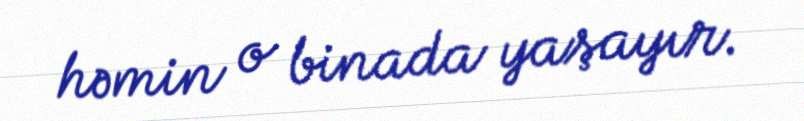
həmin o binada yaşayır.